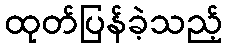
ထုတ်ပြန်ခဲ့သည့်